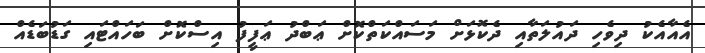
އެއާއެކު ދިވެހި ދައުލަތާއި ދެކޮޅަށް މަސައްކަތްކޮށް ޢަބްދު ޢަފީފު އިސްކޮށް ބަހައްޓައި ގަޑުބަޑެއް